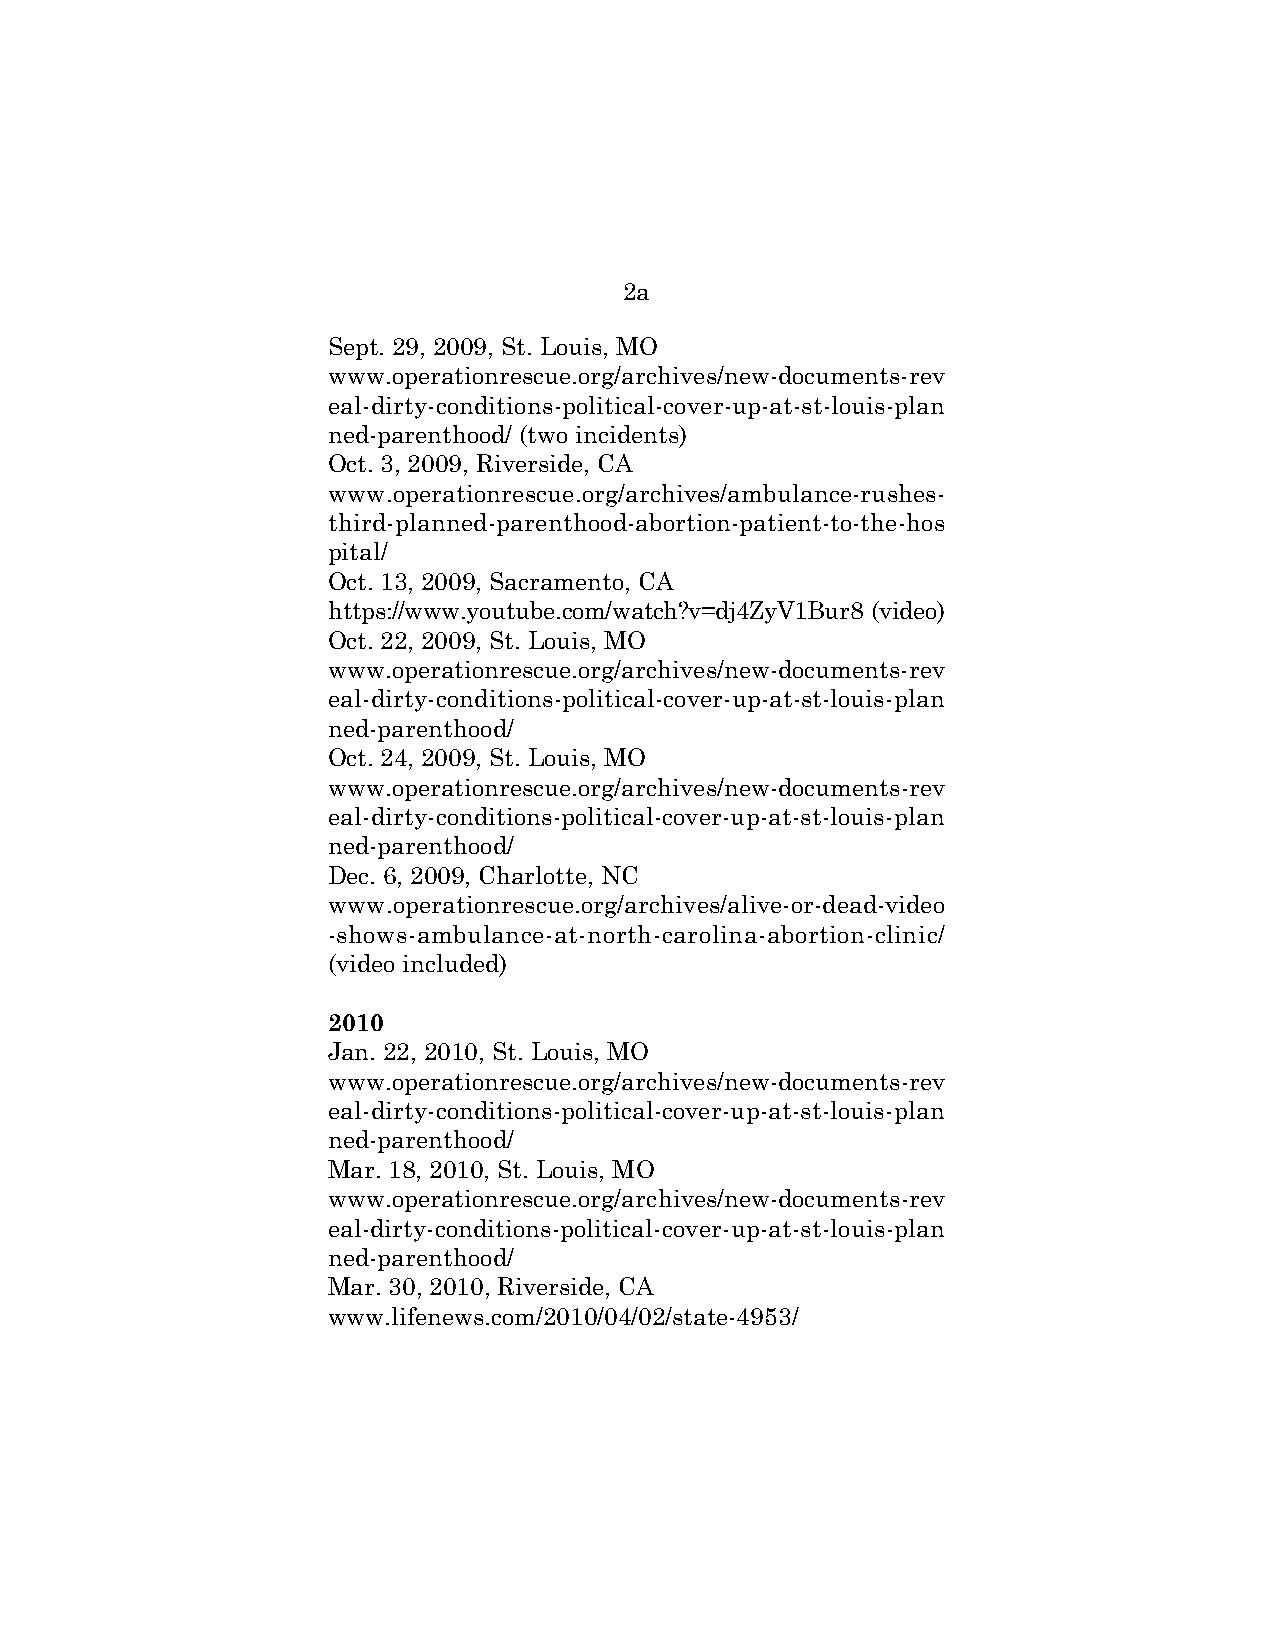
2a
 Sept. 29, 2009, St. Louis, MO
 www.operationrescue.org/archives/new-documents-rev
 eal-dirty-conditions-political-cover-up-at-st-louis-plan
 ned-parenthood/ (two incidents)
 Oct. 3, 2009, Riverside, CA
 www.operationrescue.org/archives/ambulance-rushes-
 third-planned-parenthood-abortion-patient-to-the-hos
 pital/
 Oct. 13, 2009, Sacramento, CA
 https://www.youtube.com/watch?v=dj4ZyV1Bur8 (video)
 Oct. 22, 2009, St. Louis, MO
 www.operationrescue.org/archives/new-documents-rev
 eal-dirty-conditions-political-cover-up-at-st-louis-plan
 ned-parenthood/
 Oct. 24, 2009, St. Louis, MO
 www.operationrescue.org/archives/new-documents-rev
 eal-dirty-conditions-political-cover-up-at-st-louis-plan
 ned-parenthood/
 Dec. 6, 2009, Charlotte, NC
 www.operationrescue.org/archives/alive-or-dead-video
 -shows-ambulance-at-north-carolina-abortion-clinic/
 (video included)
 2010
 Jan. 22, 2010, St. Louis, MO
 www.operationrescue.org/archives/new-documents-rev
 eal-dirty-conditions-political-cover-up-at-st-louis-plan
 ned-parenthood/
 Mar. 18, 2010, St. Louis, MO
 www.operationrescue.org/archives/new-documents-rev
 eal-dirty-conditions-political-cover-up-at-st-louis-plan
 ned-parenthood/
 Mar. 30, 2010, Riverside, CA
 www.lifenews.com/2010/04/02/state-4953/